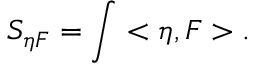
S _ { \eta F } = \int < \eta , F > .